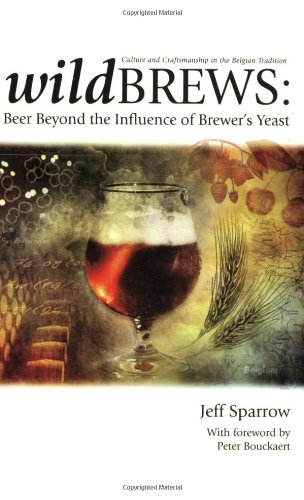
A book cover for Wild Brews: Beer Beyond the Influence of Brewer's Yeast; Jeff Sparrow; Cookbooks, Food & Wine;